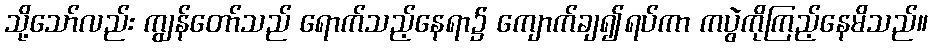
သို့သော်လည်း ကျွန်တော်သည် ရောက်သည့်နေရာ၌ ကျောက်ချ၍ရပ်ကာ ကပွဲကိုကြည့်နေမိသည်။